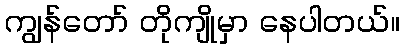
ကျွန်တော် တိုကျိုမှာ နေပါတယ်။